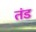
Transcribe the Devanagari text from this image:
तंड